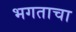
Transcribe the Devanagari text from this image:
भगताचा